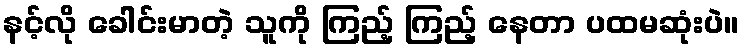
နင့်လို ခေါင်းမာတဲ့ သူကို ကြည့် ကြည့် နေတာ ပထမဆုံးပဲ။